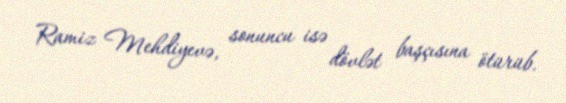
Ramiz Mehdiyevə, sonuncu isə dövlət başçısına ötürüb.